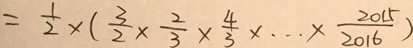
= \frac { 1 } { 2 } \times ( \frac { 3 } { 2 } \times \frac { 2 } { 3 } \times \frac { 4 } { 3 } \times \cdots \times \frac { 2 0 1 5 } { 2 0 1 6 } )